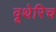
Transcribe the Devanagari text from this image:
वूथेरिच